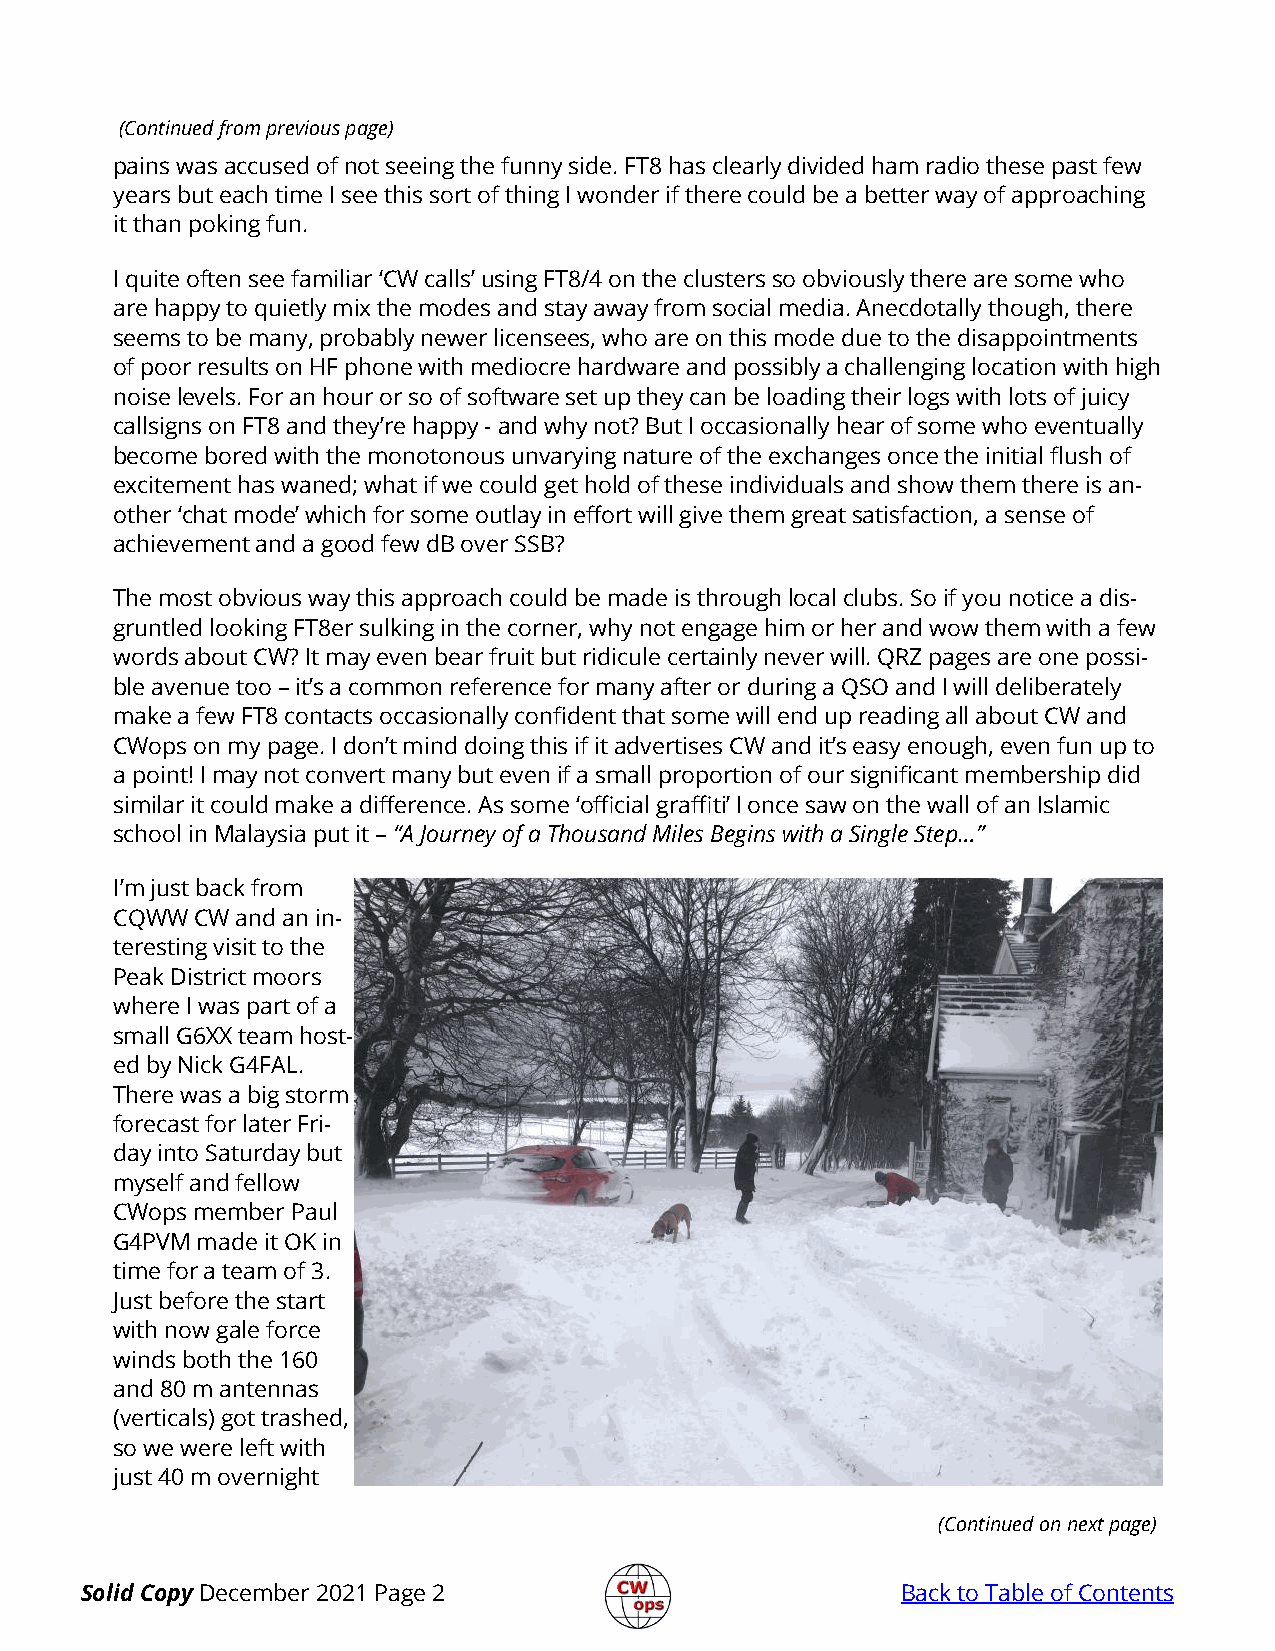
(Continued from previous page)
 pains was accused of not seeing the funny side. FT8 has clearly divided ham radio these past few
 years but each time I see this sort of thing I wonder if there could be a better way of approaching
 it than poking fun.
 I quite often see familiar ‘CW calls’ using FT8/4 on the clusters so obviously there are some who
 are happy to quietly mix the modes and stay away from social media. Anecdotally though, there
 seems to be many, probably newer licensees, who are on this mode due to the disappointments
 of poor results on HF phone with mediocre hardware and possibly a challenging location with high
 noise levels. For an hour or so of software set up they can be loading their logs with lots of juicy
 callsigns on FT8 and they’re happy - and why not? But I occasionally hear of some who eventually
 become bored with the monotonous unvarying nature of the exchanges once the initial flush of
 excitement has waned; what if we could get hold of these individuals and show them there is an-
 other ‘chat mode’ which for some outlay in effort will give them great satisfaction, a sense of
 achievement and a good few dB over SSB?
 The most obvious way this approach could be made is through local clubs. So if you notice a dis-
 gruntled looking FT8er sulking in the corner, why not engage him or her and wow them with a few
 words about CW? It may even bear fruit but ridicule certainly never will. QRZ pages are one possi-
 ble avenue too – it’s a common reference for many after or during a QSO and I will deliberately
 make a few FT8 contacts occasionally confident that some will end up reading all about CW and
 CWops on my page. I don’t mind doing this if it advertises CW and it’s easy enough, even fun up to
 a point! I may not convert many but even if a small proportion of our significant membership did
 similar it could make a difference. As some ‘official graffiti’ I once saw on the wall of an Islamic
 school in Malaysia put it – “A Journey of a Thousand Miles Begins with a Single Step…”
 I’m just back from
 CQWW CW and an in-
 teresting visit to the
 Peak District moors
 where I was part of a
 small G6XX team host-
 ed by Nick G4FAL.
 There was a big storm
 forecast for later Fri-
 day into Saturday but
 myself and fellow
 CWops member Paul
 G4PVM made it OK in
 time for a team of 3.
 Just before the start
 with now gale force
 winds both the 160
 and 80 m antennas
 (verticals) got trashed,
 so we were left with
 just 40 m overnight
 (Continued on next page)
 Solid Copy December 2021 Page 2                        Back to Table of Contents